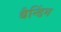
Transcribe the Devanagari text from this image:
बैन्डिंग